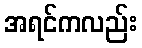
အရင်ကလည်း